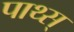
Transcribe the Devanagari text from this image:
पाथ्स्‌